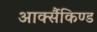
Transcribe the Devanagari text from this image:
आर्क्सैकिण्ड